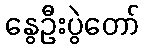
နွေဦးပွဲတော်